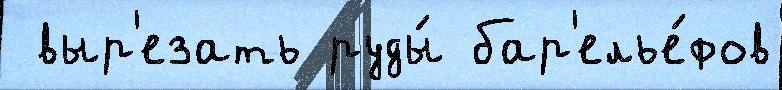
 выр'езать руды́ бар'елье́фов